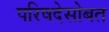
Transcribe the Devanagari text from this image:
परिषदेसोबत